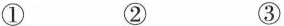
① ② ③